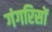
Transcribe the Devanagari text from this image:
गंगरिसों